Civil Veterinary Department Bihar reports 1936-40 - 1936-1940
Year: 1936
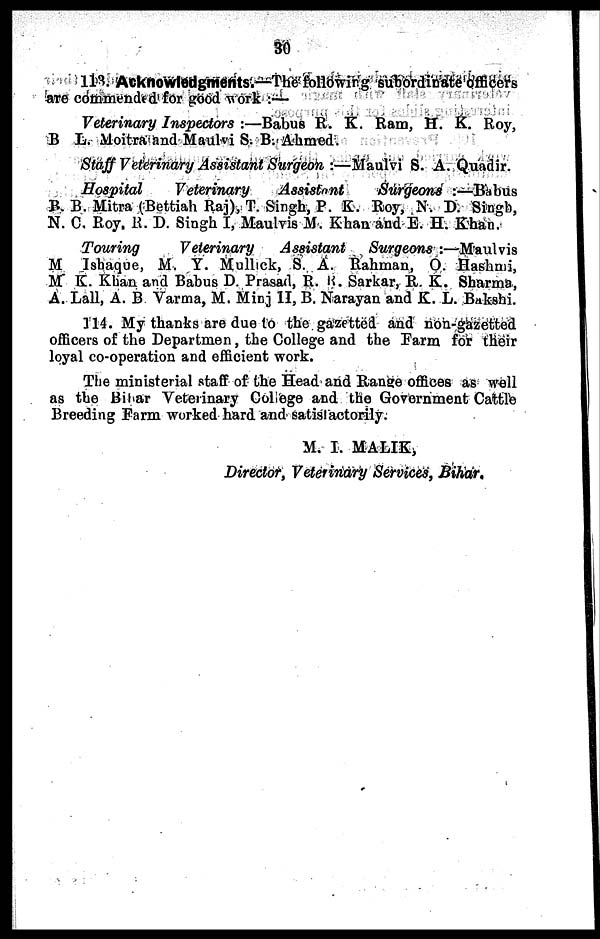
30
113. Acknowledgments.—The following subordinate officers
are commended for good work:—
Veterinary Inspectors:—Babus R. K. Ram, H. K. Roy,
B L. Moitra and Maulvi S. B. Ahmed.
Staff Veterinary Assistant Surgeon:—Maulvi S. A. Quadir.
Hospital
Veterinary
Assistant
Surgeons:—Babus
B. B. Mitra (Bettiah Raj), T. Singh, P. K. Roy, N. D. Singh,
N. C. Roy. R. D. Singh I, Maulvis M. Khan and E. H. Khan.
Touring
Veterinary Assistant
Surgeons:—Maulvis
M Isbaque, M. Y. Mullick, S. A. Rahman, O. Hashmi,
M K. Khan and Babus D. Prasad, R. K. Sarkar, R. K. Sharma,
A. Lall, A. B Varma, M. Minj H, B. Narayan and K. L. Bakshi.
314. My thanks are due to the gazetted and non-gazetted
officers of the Departmen, the College and the Farm for their
loyal co-operation and efficient work.
The ministerial staff of the Head and Range offices as well
as the Bihar Veterinary College and the Government Cattle
Breeding Farm worked hard and satisfactorily.
M. I. MALIK,
Director, Veterinary Services, Bihar.